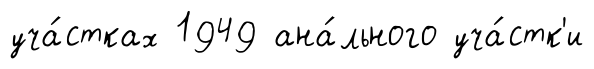
уча́стках 1949 ана́льного уча́стк'и